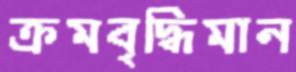
ক্রমবৃদ্ধিমান